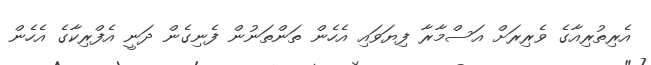
އެރިތުރިއާގެ ވެރިރަށް އަސްމާރާ ފިޔަވައި އެހެން ތަންތަނުން ފެނިގެން ދަނީ އެފްރިކާގެ އެހެން